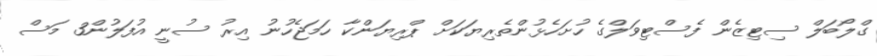
ގްލޯބަލް ސިޓިޒެން ފެސްޓިވަލްގެ ހުށަހެޅުންތެރިޔަކަށް ޕްރިޔަންކާ ހަމަޖެހުނު އިރު ސުނީ އުފަލުން3 މަސް